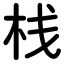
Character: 栈